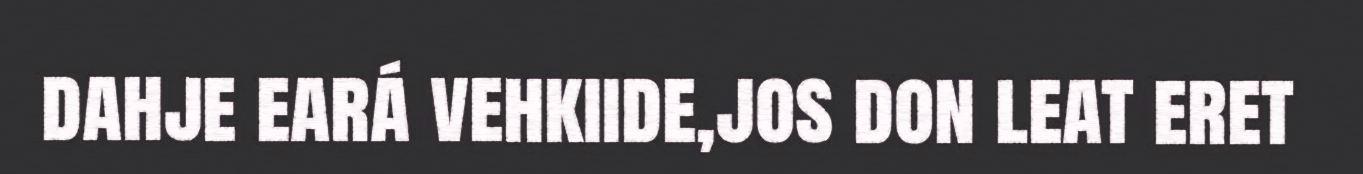
dahje eará vehkiide,jos don leat eret